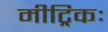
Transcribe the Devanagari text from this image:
मीट्रिकः